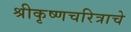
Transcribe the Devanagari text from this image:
श्रीकृष्णचरित्राचे